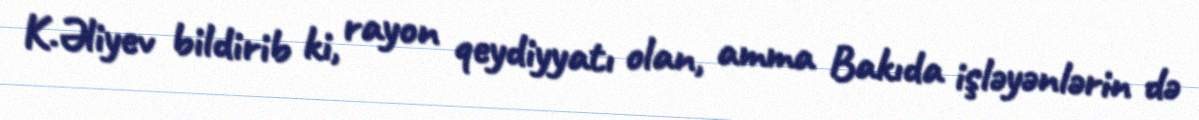
K.Əliyev bildirib ki, rayon qeydiyyatı olan, amma Bakıda işləyənlərin də